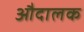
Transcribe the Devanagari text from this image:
औदालक